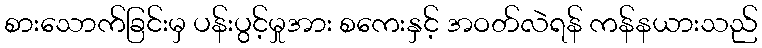
စားသောက်ခြင်းမှ ပန်းပွင့်မှုအား စကေးနှင့် အဝတ်လဲရန် ကန်နယားသည်